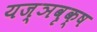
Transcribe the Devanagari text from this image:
यज्ञवृक्ष